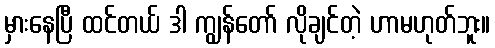
မှားနေပြီ ထင်တယ် ဒါ ကျွန်တော် လိုချင်တဲ့ ဟာမဟုတ်ဘူး။